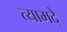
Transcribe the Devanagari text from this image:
त्यामदे